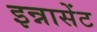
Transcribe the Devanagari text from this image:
इन्नासेंट